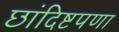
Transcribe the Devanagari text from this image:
छांदिष्टपणा